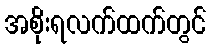
အစိုးရလက်ထက်တွင်